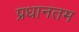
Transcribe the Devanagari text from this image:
प्रधानतम